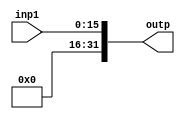
`timescale 1ns / 1ps
//////////////////////////////////////////////////////////////////////////////////
// Company: 
// Engineer: 
// 
// Design Name: 
// Module Name:    sign_ext 
// Project Name: 
// Target Devices: 
// Tool versions: 
// Description: 
//
// Dependencies: 
//
// Revision: 
// Revision 0.01 - File Created
// Additional Comments: 
//
//////////////////////////////////////////////////////////////////////////////////
module sign_ext(input [15:0] inp1, output [31:0] outp
    );
assign outp = {16'b0,inp1};

endmodule